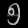
Digit: ၅